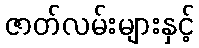
ဇာတ်လမ်းများနှင့်